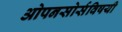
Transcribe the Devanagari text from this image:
ओपनसोर्सविषयी